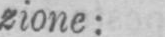
zione: